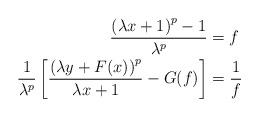
LaTeX: \begin{align*} \frac{\left(\lambda x+1\right)^{p}-1}{\lambda^{p}} &= f\\ \frac{1}{\lambda^{p}}\left[\frac{\left(\lambda y+F(x)\right)^{p}}{\lambda x+1}-G(f)\right]& = \frac{1}{f}\end{align*}